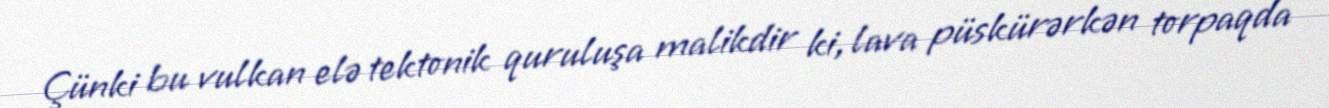
Çünki bu vulkan elə tektonik quruluşa malikdir ki, lava püskürərkən torpaqda